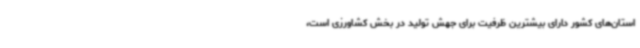
استان‌های کشور دارای بیشترین ظرفیت برای جهش تولید در بخش کشاورزی است،